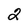
Character: 2